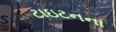
ટાઇટનના